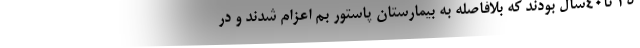
۳۵ تا۴۰سال بودند که بلافاصله به بیمارستان پاستور بم اعزام شدند و در